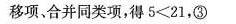
移项、合并同类项，得5<1，③